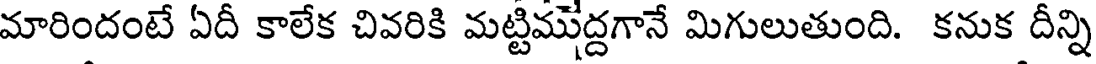
మారిందంటే ఏదీ కాలేక చివరికి మట్టిముద్దగానే మిగులుతుంది. కనుక దీన్ని